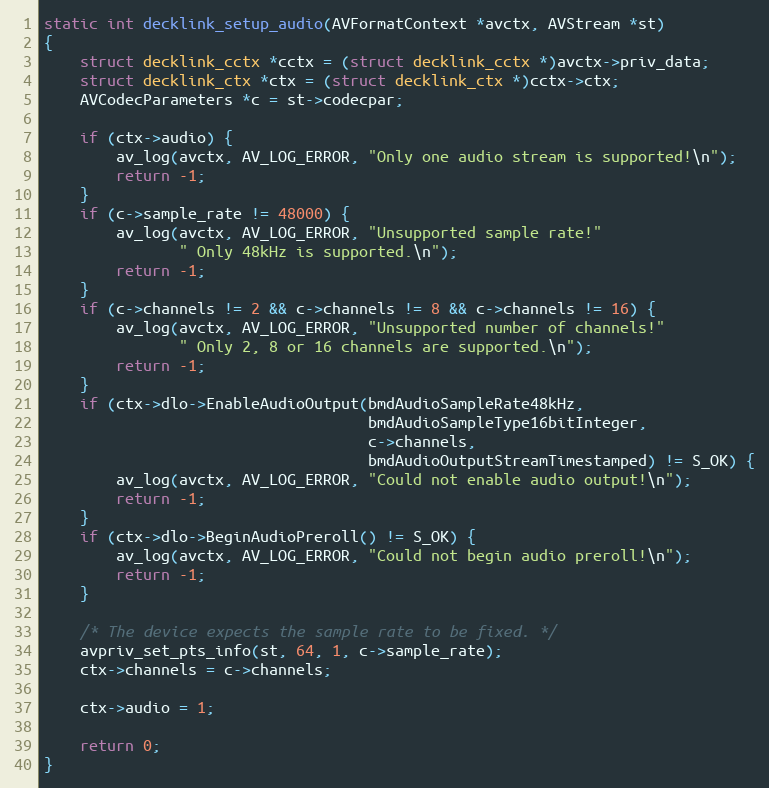
Language: C++
static int decklink_setup_audio(AVFormatContext *avctx, AVStream *st)
{
    struct decklink_cctx *cctx = (struct decklink_cctx *)avctx->priv_data;
    struct decklink_ctx *ctx = (struct decklink_ctx *)cctx->ctx;
    AVCodecParameters *c = st->codecpar;

    if (ctx->audio) {
        av_log(avctx, AV_LOG_ERROR, "Only one audio stream is supported!\n");
        return -1;
    }
    if (c->sample_rate != 48000) {
        av_log(avctx, AV_LOG_ERROR, "Unsupported sample rate!"
               " Only 48kHz is supported.\n");
        return -1;
    }
    if (c->channels != 2 && c->channels != 8 && c->channels != 16) {
        av_log(avctx, AV_LOG_ERROR, "Unsupported number of channels!"
               " Only 2, 8 or 16 channels are supported.\n");
        return -1;
    }
    if (ctx->dlo->EnableAudioOutput(bmdAudioSampleRate48kHz,
                                    bmdAudioSampleType16bitInteger,
                                    c->channels,
                                    bmdAudioOutputStreamTimestamped) != S_OK) {
        av_log(avctx, AV_LOG_ERROR, "Could not enable audio output!\n");
        return -1;
    }
    if (ctx->dlo->BeginAudioPreroll() != S_OK) {
        av_log(avctx, AV_LOG_ERROR, "Could not begin audio preroll!\n");
        return -1;
    }

    /* The device expects the sample rate to be fixed. */
    avpriv_set_pts_info(st, 64, 1, c->sample_rate);
    ctx->channels = c->channels;

    ctx->audio = 1;

    return 0;
}